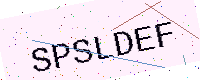
Text: SPSLDEF